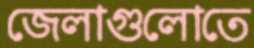
জেলাগুলোতে